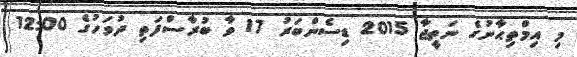
މި އިމްތިޙާނުގެ ނަތީޖާ 2015 ޑިސެންބަރު 17 ވާ ބުރާސްފަތި ދުވަހުގެ 12:00